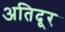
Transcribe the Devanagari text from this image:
अतिदूर